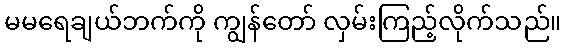
မမရေချယ်ဘက်ကို ကျွန်တော် လှမ်းကြည့်လိုက်သည်။